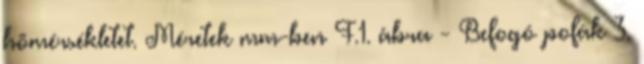
hõmérsékletet. Méretek mm-ben F.1. ábra - Befogó pofák 3.